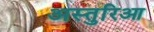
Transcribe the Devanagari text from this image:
अस्तुरिआ